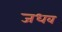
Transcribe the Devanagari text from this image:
जधव